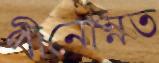
পীনোন্নত